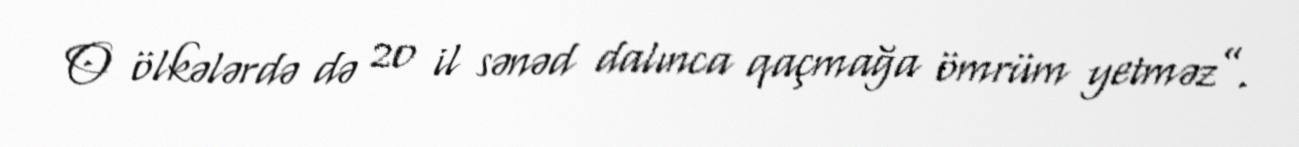
O ölkələrdə də 20 il sənəd dalınca qaçmağa ömrüm yetməz”.